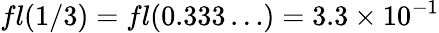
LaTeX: fl(1/3)=fl(0.333\ldots)=3.3\times 10^{-1}